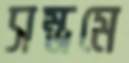
সম্ভ্রমে